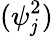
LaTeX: (\psi_{\mathit{j}}^{2})